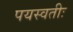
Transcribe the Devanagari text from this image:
पयस्वतीः